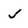
Character: J